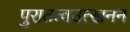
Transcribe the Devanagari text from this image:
पुरातत्वउत्खनन